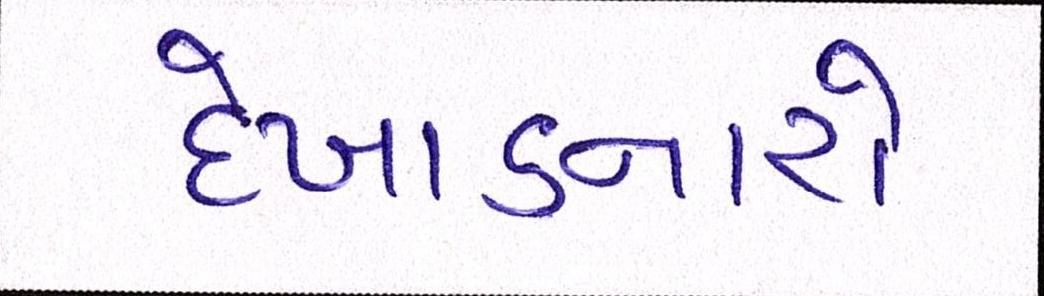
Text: દેખાડનારો